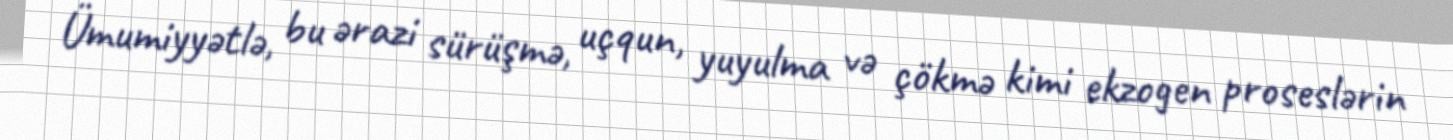
Ümumiyyətlə, bu ərazi sürüşmə, uçqun, yuyulma və çökmə kimi ekzogen proseslərin